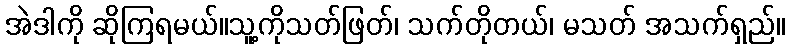
အဲဒါကို ဆိုကြရမယ်။သူ့ကိုသတ်ဖြတ်၊ သက်တိုတယ်၊ မသတ် အသက်ရှည်။